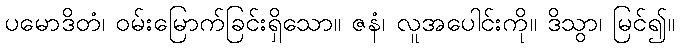
ပမောဒိတံ၊ ဝမ်းမြောက်ခြင်းရှိသော။ ဇနံ၊ လူအပေါင်းကို။ ဒိသွာ၊ မြင်၍။